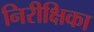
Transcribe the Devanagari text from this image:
निरीक्षिका